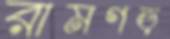
রামগড়